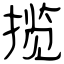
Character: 揽